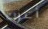
أعزب